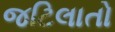
જટિલાતો